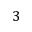
3